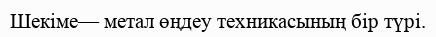
Шекіме— метал өңдеу техникасының бір түрі.